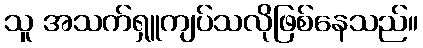
သူ အသက်ရှူကျပ်သလိုဖြစ်နေသည်။